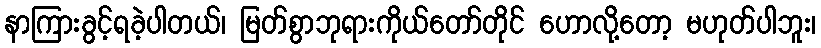
နာကြားခွင့်ရခဲ့ပါတယ်၊ မြတ်စွာဘုရားကိုယ်တော်တိုင် ဟောလို့တော့ မဟုတ်ပါဘူး၊